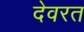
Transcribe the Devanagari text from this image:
देवरत